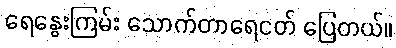
ရေနွေးကြမ်း သောက်တာရေငတ် ပြေတယ်။